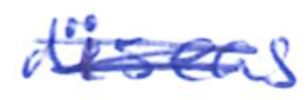
Text: disease
Cross-out: scratch
Writing tool: ballpoint